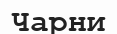
Чарни